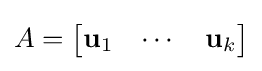
A={\begin{bmatrix}\mathbf {u} _{1}&\cdots &\mathbf {u} _{k}\end{bmatrix}}